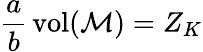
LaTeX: \frac{a}{b}\, \mathrm{vol}({\cal M})=Z_{K}